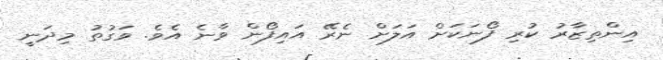
އިންތިޒާރު ކުރި ފޯނަކަށް އަލަށް ނެރޭ އައިފޯން ވާނެ އެވެ. ވަގުތު މިދަނީ